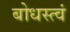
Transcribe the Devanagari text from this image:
बोधस्त्वं